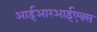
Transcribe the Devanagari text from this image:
आईआरआईएक्स